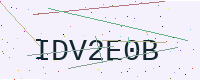
Text: IDV2E0B